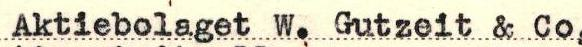
Aktiebolaget W. Gutzeit & Co